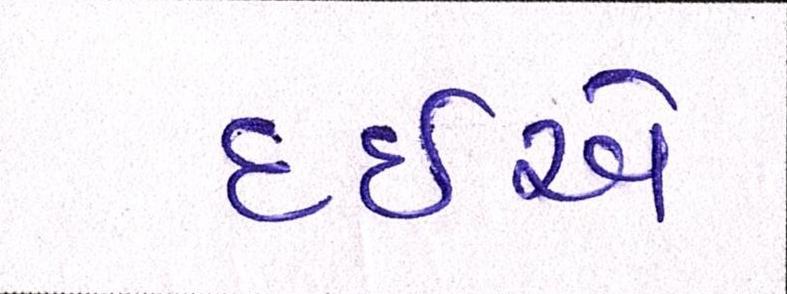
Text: દઇએ